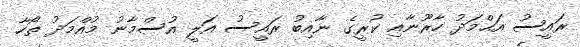
ރައީސު އަޙްމަދު ހާރޫނާއި ކުރީގެ ނާއިބު ރައީސު އަލީ އުސްމާނު މުއްމަދު ތޯހާ